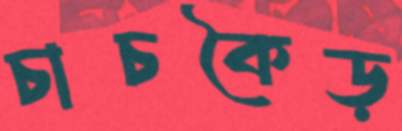
চাচকৈড়